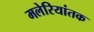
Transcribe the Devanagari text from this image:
मलेरियांतक